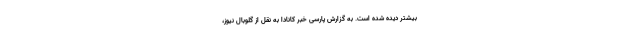
بیشتر دیده شده است. به گزارش پارسی خبر کانادا به نقل از گلوبال نیوز،